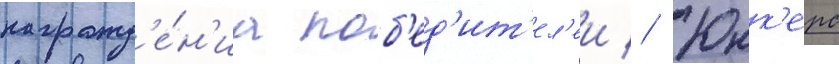
награжд'е́н'иа поб'ед'ит'ел'еи // Юнк'ерс